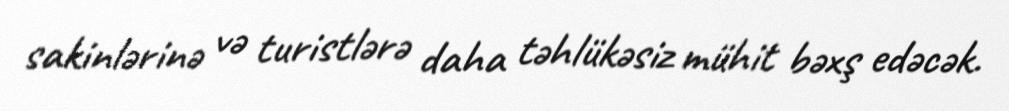
sakinlərinə və turistlərə daha təhlükəsiz mühit bəxş edəcək.